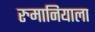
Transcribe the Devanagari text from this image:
रुमानियाला